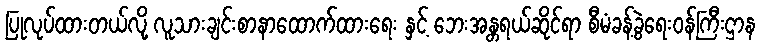
ပြုလုပ်ထားတယ်လို့ လူသားချင်းစာနာထောက်ထားရေး နှင့် ဘေးအန္တရယ်ဆိုင်ရာ စီမံခန့်ခွဲရေးဝန်ကြီးဌာန